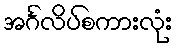
အင်္ဂလိပ်စကားလုံး